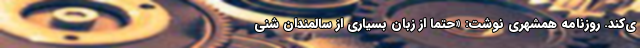
ی‌کند. روزنامه همشهری نوشت: «حتماً از زبان بسیاری از سالمندان شنی